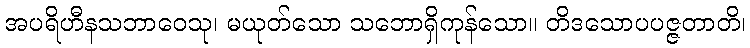
အပရိဟီနသဘာဝေသု၊ မယုတ်သော သဘောရှိကုန်သော။ တိဒသောပပဇ္ဇတာတိ၊